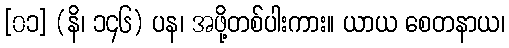
[၀၁] (နိ၊ ၁၄၆) ပန၊ အဖို့တစ်ပါးကား။ ယာယ စေတနာယ၊